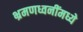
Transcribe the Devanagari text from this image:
भ्रमणध्वनींमध्ये